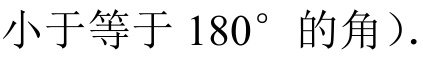
小于等于\(180^{\circ}\)的角）.